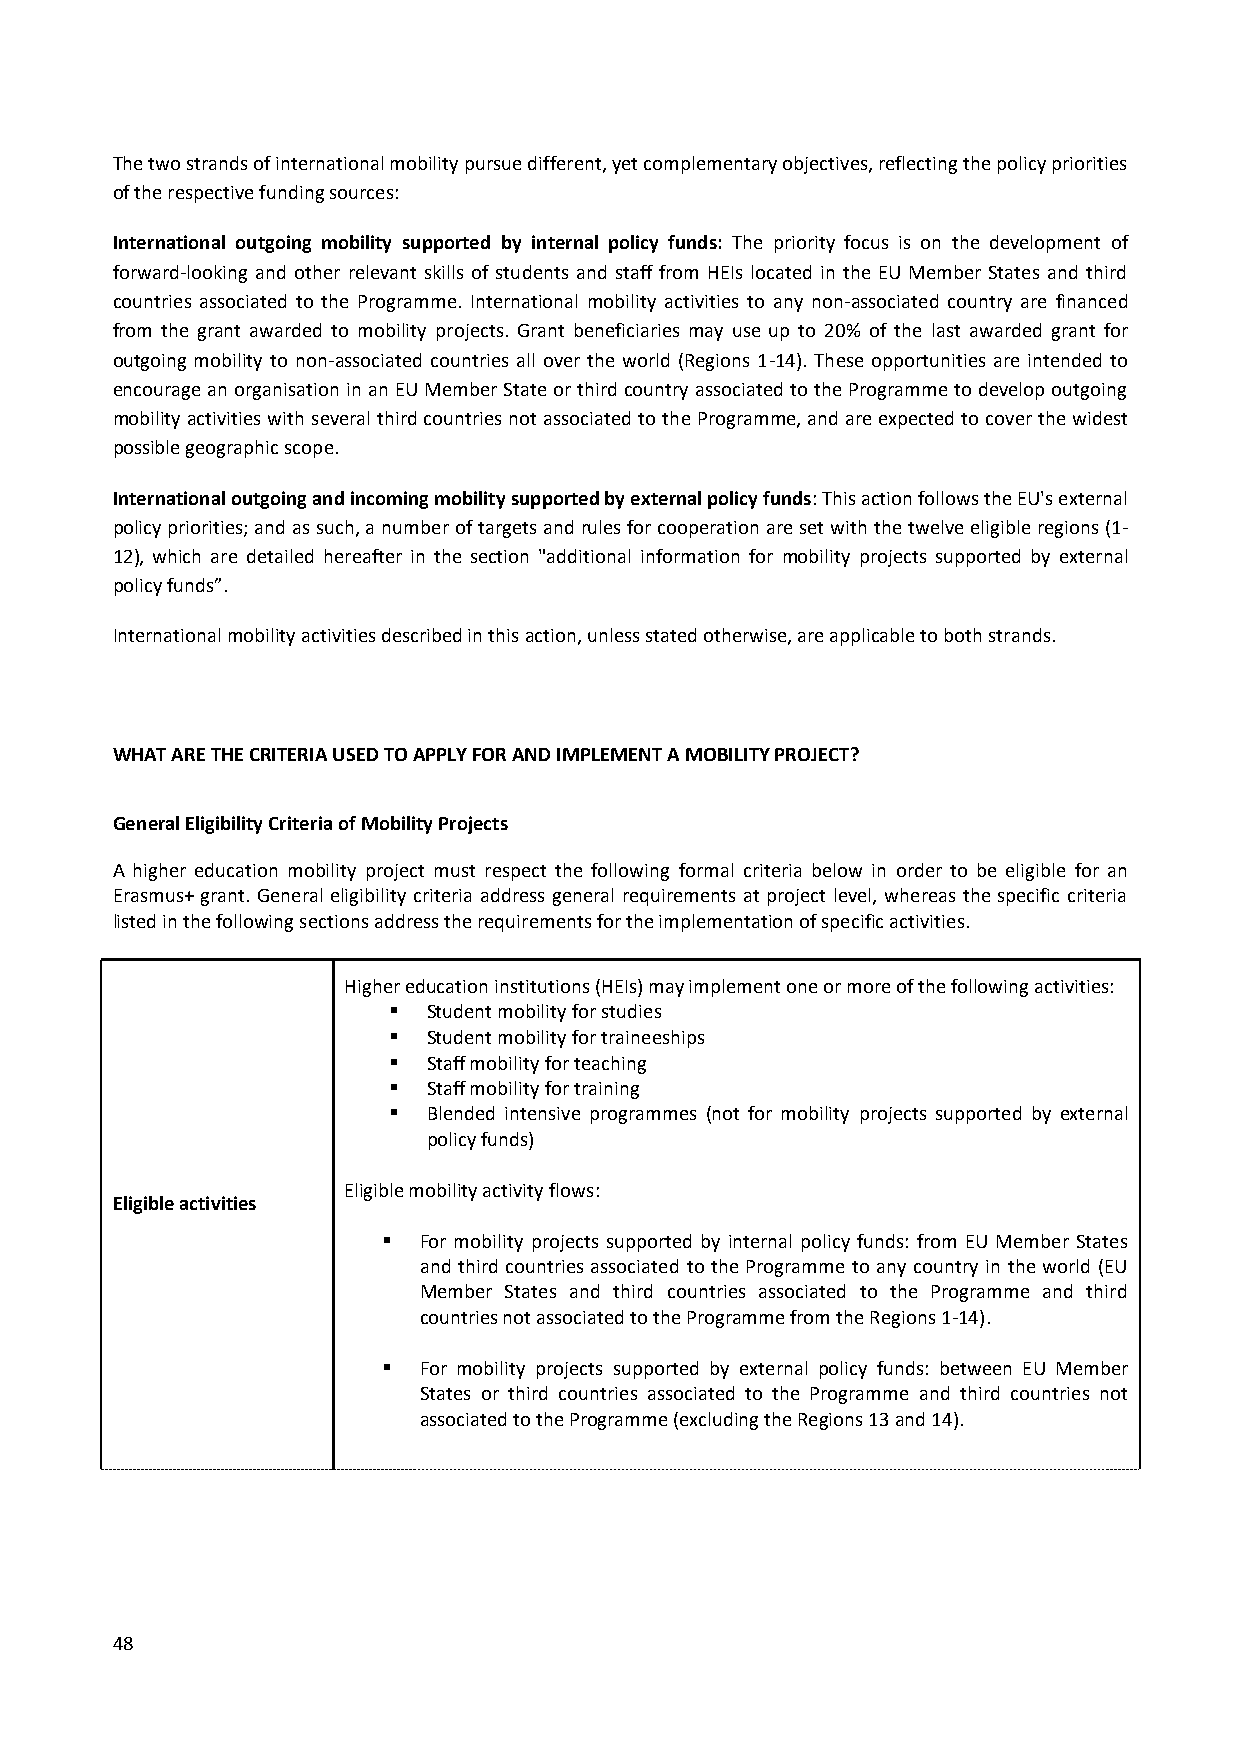
The two strands of international mobility pursue different, yet complementary objectives, reflecting the policy priorities
 of the respective funding sources:
 International outgoing mobility supported by internal policy funds: The priority focus is on the development of
 forward-looking and other relevant skills of students and staff from HEIs located in the EU Member States and third
 countries associated to the Programme. International mobility activities to any non-associated country are financed
 from the grant awarded to mobility projects. Grant beneficiaries may use up to 20% of the last awarded grant for
 outgoing mobility to non-associated countries all over the world (Regions 1-14). These opportunities are intended to
 encourage an organisation in an EU Member State or third country associated to the Programme to develop outgoing
 mobility activities with several third countries not associated to the Programme, and are expected to cover the widest
 possible geographic scope.
 International outgoing and incoming mobility supported by external policy funds: This action follows the EU's external
 policy priorities; and as such, a number of targets and rules for cooperation are set with the twelve eligible regions (1-
 12), which are detailed hereafter in the section "additional information for mobility projects supported by external
 policy funds”.
 International mobility activities described in this action, unless stated otherwise, are applicable to both strands.
 WHAT ARE THE CRITERIA USED TO APPLY FOR AND IMPLEMENT A MOBILITY PROJECT?
 General Eligibility Criteria of Mobility Projects
 A higher education mobility project must respect the following formal criteria below in order to be eligible for an
 Erasmus+ grant. General eligibility criteria address general requirements at project level, whereas the specific criteria
 listed in the following sections address the requirements for the implementation of specific activities.
 Higher education institutions (HEIs) may implement one or more of the following activities:
  Student mobility for studies
  Student mobility for traineeships
  Staff mobility for teaching
  Staff mobility for training
  Blended intensive programmes (not for mobility projects supported by external
 policy funds)
 Eligible mobility activity flows:
 Eligible activities
   For mobility projects supported by internal policy funds: from EU Member States
 and third countries associated to the Programme to any country in the world (EU
 Member States and third countries associated to the Programme and third
 countries not associated to the Programme from the Regions 1-14).
   For mobility projects supported by external policy funds: between EU Member
 States or third countries associated to the Programme and third countries not
 associated to the Programme (excluding the Regions 13 and 14).
 48